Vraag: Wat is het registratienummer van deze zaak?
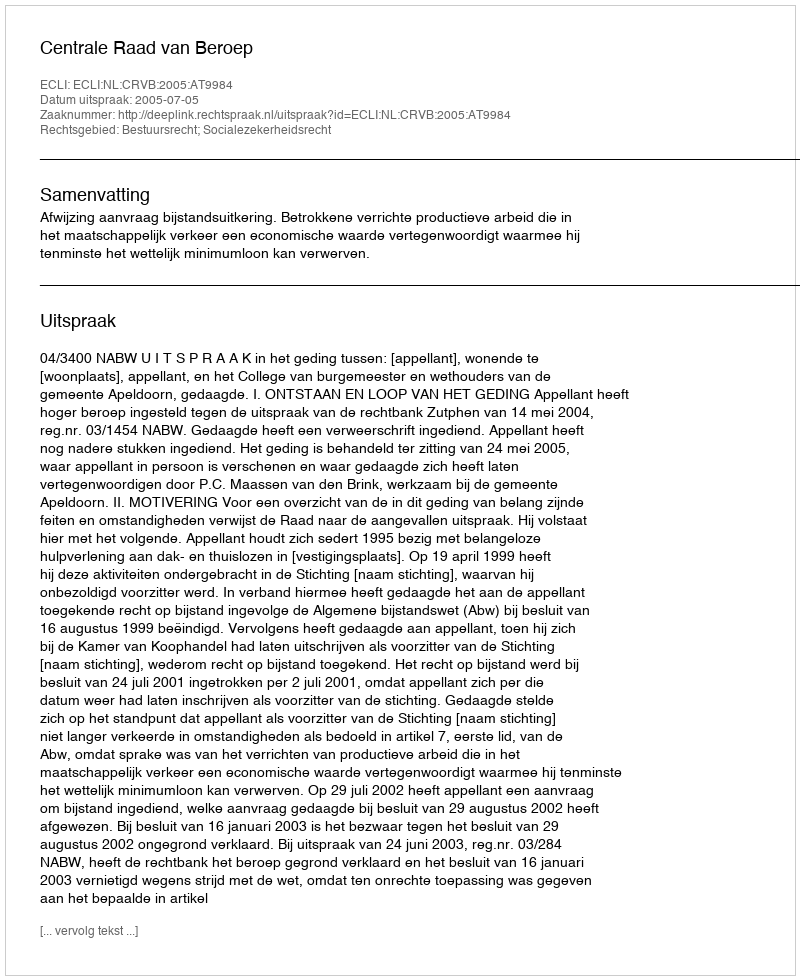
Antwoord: http://deeplink.rechtspraak.nl/uitspraak?id=ECLI:NL:CRVB:2005:AT9984